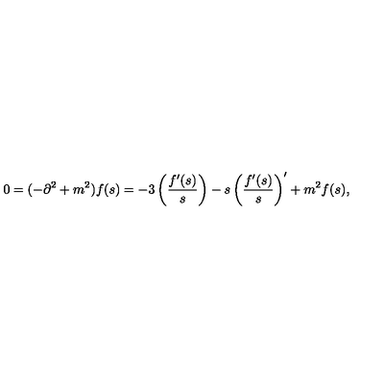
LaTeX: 0 = ( - \partial ^ { 2 } + m ^ { 2 } ) f ( s ) = - 3 \left( \frac { f ^ { \prime } ( s ) } { s } \right) - s \left( \frac { f ^ { \prime } ( s ) } { s } \right) ^ { \prime } + m ^ { 2 } f ( s ) ,